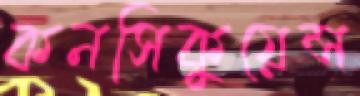
কনসিকুয়েন্স